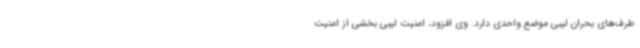
طرف‌های بحران لیبی موضع واحدی دارد. وی افزود، امنیت لیبی بخشی از امنیت